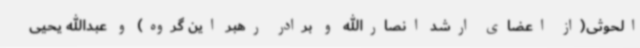
الحوثی(از اعضای ارشد انصارالله و برادر رهبر این گروه) و عبدالله یحیی